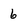
Character: 6